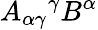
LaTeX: A_{\alpha\gamma}{}^{\gamma}B^{\alpha}